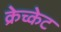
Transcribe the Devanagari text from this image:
क्रेच्केट